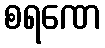
စရဏေ